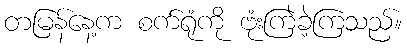
တမြန်နေ့က စက်ရုံကို ဗုံးကြဲခဲ့ကြသည်။